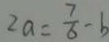
2 a = \frac { 7 } { 6 } - b